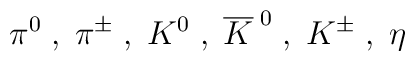
\pi^0 \; , \; \pi^\pm \; , \; K^0 \; , \; \overline{K}^{\;0}\; , \; K^\pm \; , \; \eta